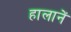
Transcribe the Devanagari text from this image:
हालानें